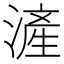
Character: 滻